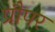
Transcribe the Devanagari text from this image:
प्रौपर